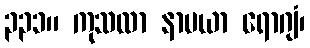
၃၃၁။ ကုသလာ နာမယာ ရောဂျံ၊